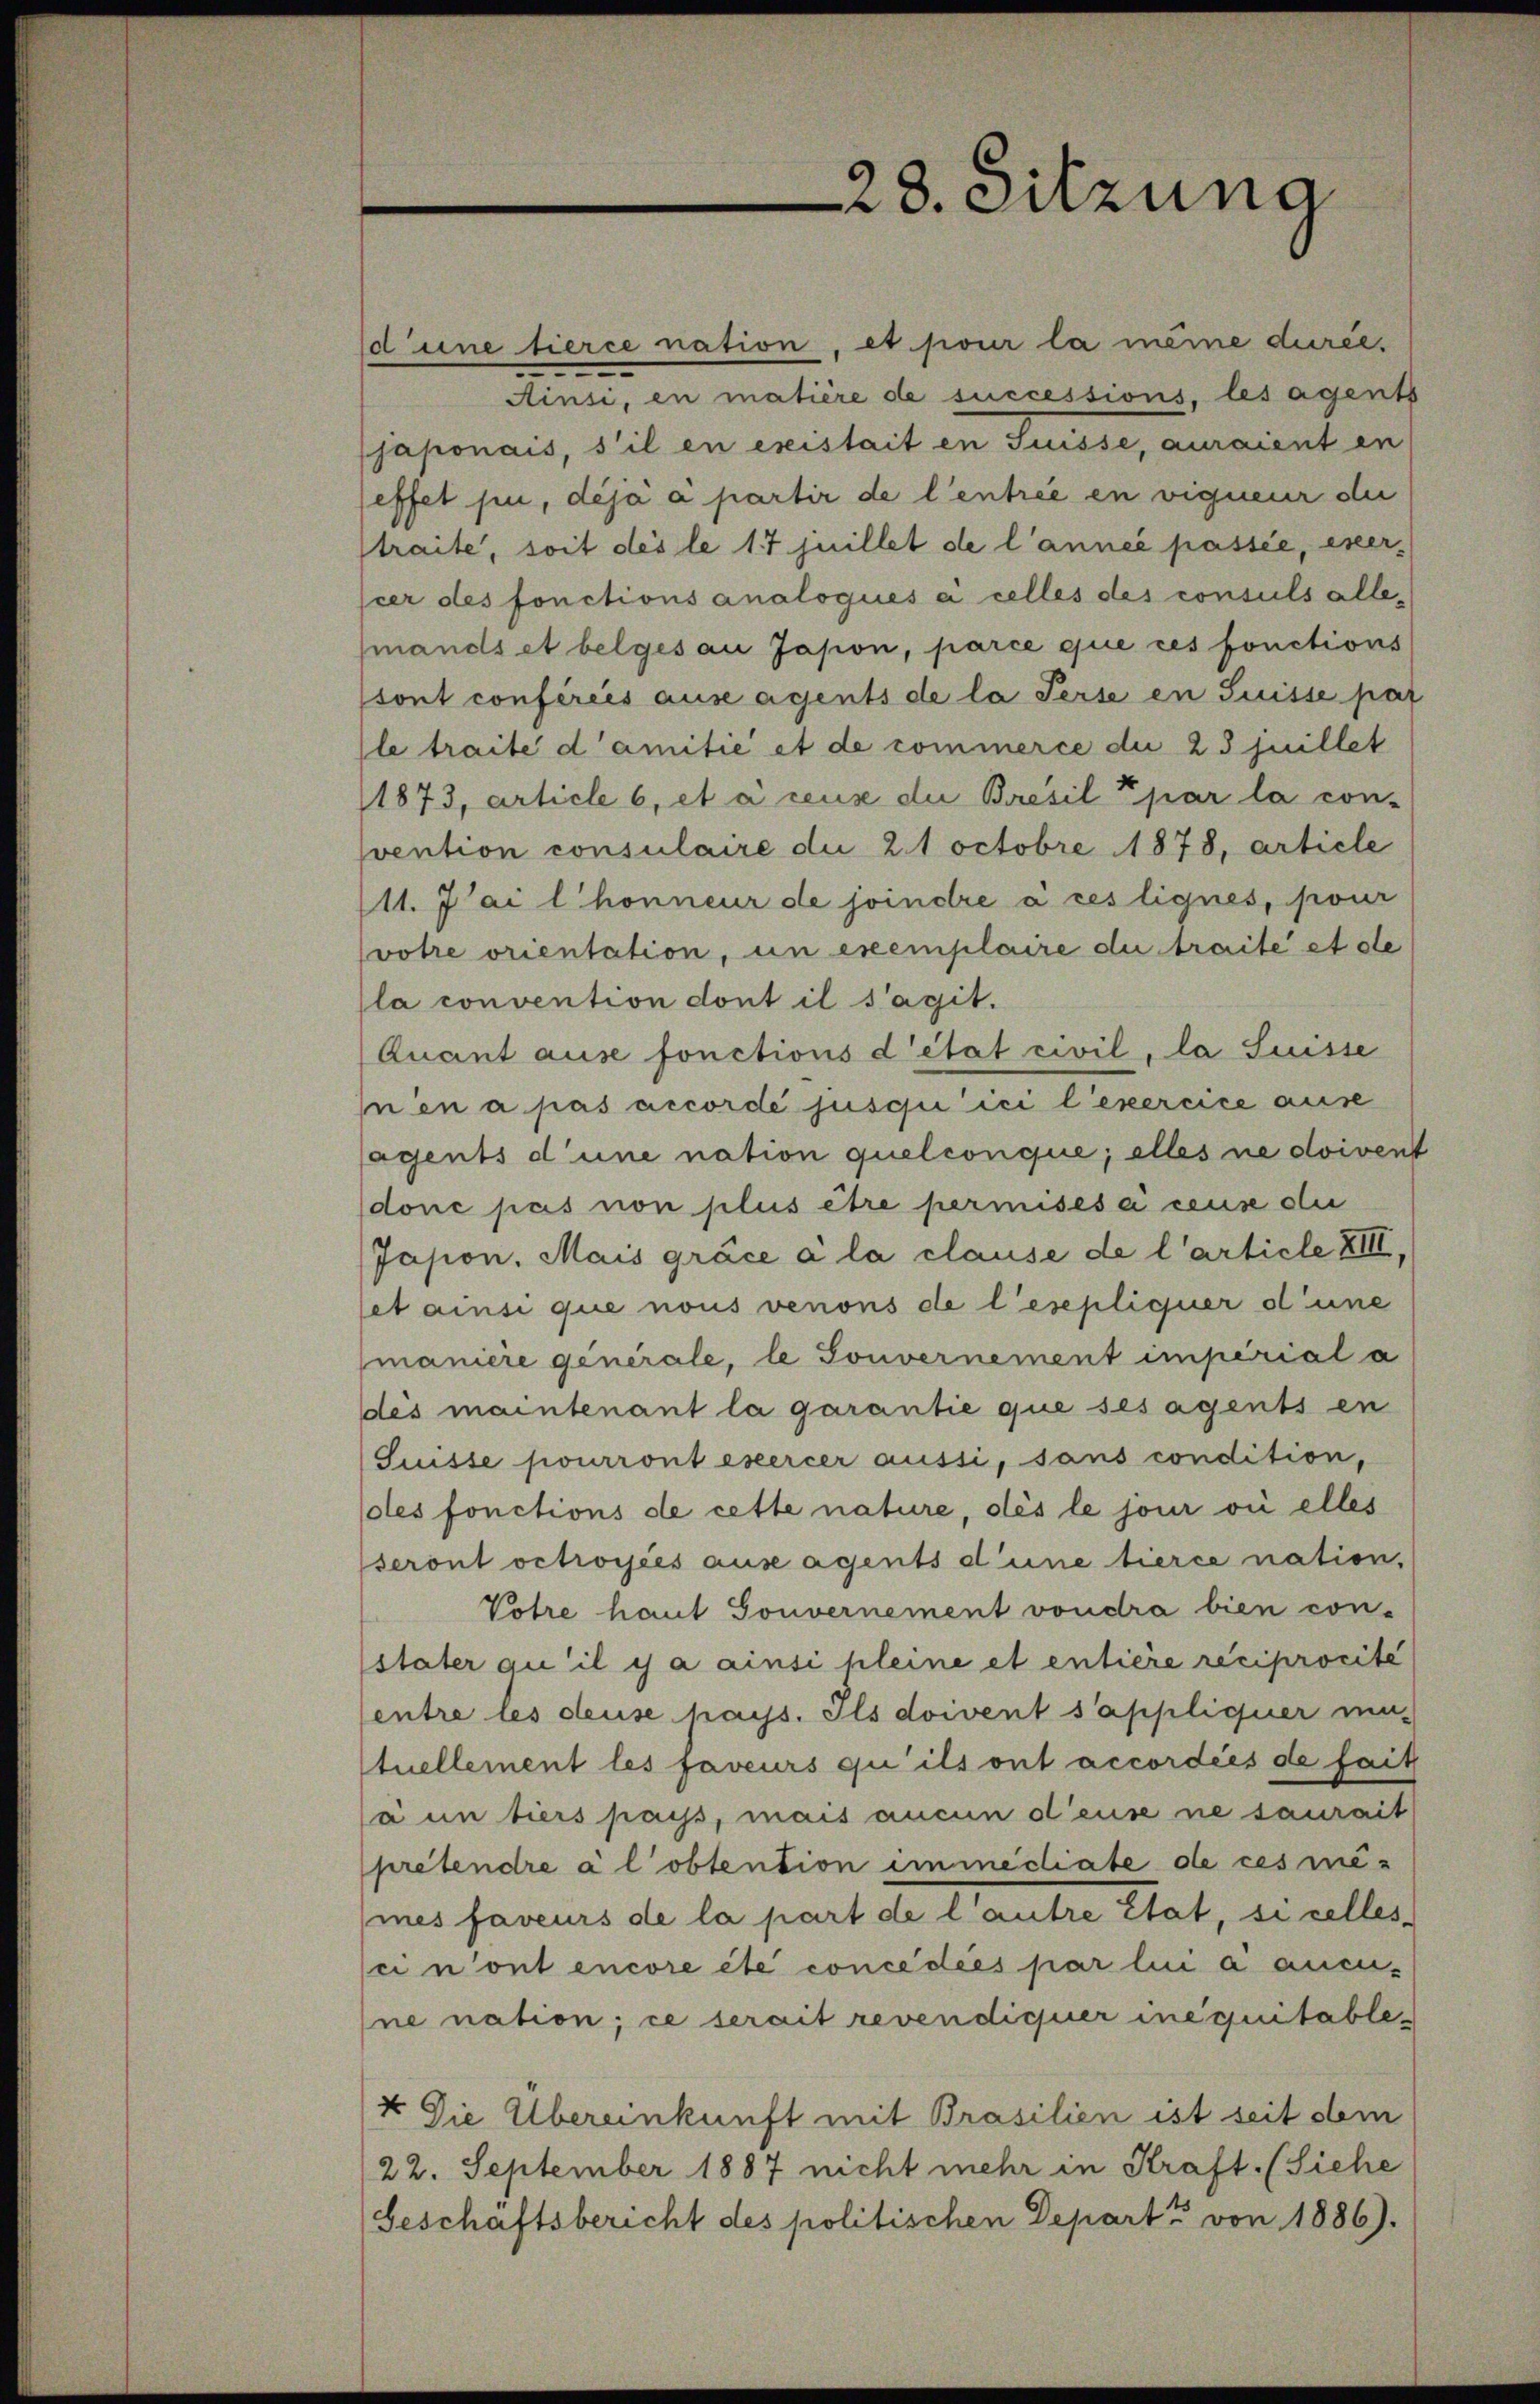
d une tierce nation, et pour la meine durée.
Ainsi, en matière de successions, les agents
japonais, s’il en existait in Suisse, auraient en
effet sie, déjà a partir de l’entrée en vigueur der
straite, soit des le 17 juillet de l’année passée, exerpier des fonctions analogues à celles des consuls alle,
mands et belges an Jasion, parce que ces fonctions
sont confereis ause agents de la Perse in Suisse par
le traite damitié et de commerce du 23 juillet
1873, article 6, et à ceux die Besil par la con-
svention consulaire die 21 octobre 1878, article
11. Jai l’honneur de joindre à ces lignes, pour
votre orientation, un exemplaire du traite et de
la convention dont il s’agit.
(Quant ause fonctions d’état civil, la Suisse
nen a pas accordé jusqu’ ici l’exercice ause
jagents d’une nation quelconque; alles ne doivent
donc pas non plus être permisesa cause die
Jason. Mais grace à la clause de l’article XIII,
set ainsi que nous venons de l’esepliquer d’une
manière generale, le Souvernement imperial a
Dis maintenant la garantie que sesagents en
Suisse pourront exercer aussi, sans condition,
dles fonctions de cette nature, dès le jour vie elles
seront octroyées ause agents d’une tierce nation.
Votre haut Souvernement voudra bien con-
stater au’ il y a ainsi pleine et entière reciprocité
Centre les deuse haus. Ils doivent s’appliquer ma-
tuellement les faveurs qu’ils ont accordées de fait
a un tiers pays, mais aucun d’euse ne saurait
prétendre à lobtention immédiate de ces me-
mes faveurs de la part de l’autre état, si celles
ci n’ont encore été concedies par lui a aucu-
ne nation; ce serait revendiquer inequitable,
4 Die Übereinkunft mit Brasilien ist seit dem
22. September 1887 nicht mehr in Kraft. (Siehe
(Geschaftsbericht des politischen Depart von 1886).

28. Sitzung